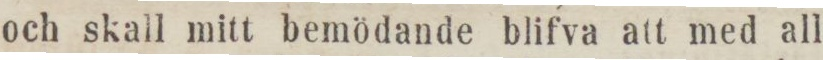
och skall mitt bemödande blifva att med all